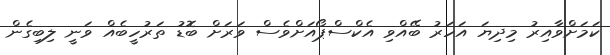
ކަމަށްވާއިރު މިދިޔަ އަހަރު ބޭއްވި އެކްސްޕޯއަށްވެސް ވަރަށް ބޮޑު ތަރުހީބެއް ވަނީ ލިބިގެން